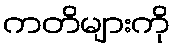
ကတိများကို